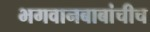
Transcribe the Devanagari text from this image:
भगवानबाबांचीच